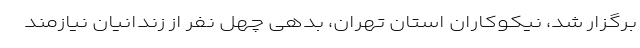
برگزار شد، نیکوکاران استان تهران، بدهی چهل نفر از زندانیان نیازمند